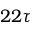
2 2 \tau